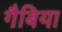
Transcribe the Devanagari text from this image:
गैबिया